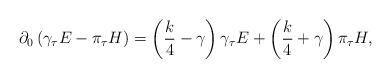
LaTeX: \begin{align*}\partial_{0}\left(\gamma_{\tau}E-\pi_{\tau}H\right)=\left(\frac{k}{4}-\gamma\right)\gamma_{\tau}E+\left(\frac{k}{4}+\gamma\right)\pi_{\tau}H,\end{align*}